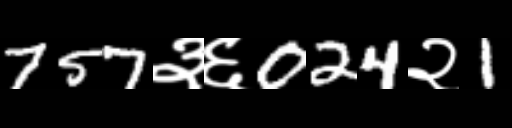
Text: 757३६024२1